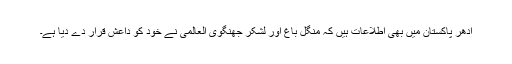
ادھر پاکستان میں بھی اطلاعات ہیں کہ منگل باغ اور لشکر جھنگوی العالمی نے خود کو داعش قرار دے دیا ہے۔